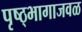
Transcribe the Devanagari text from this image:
पृष्ठ्भागाजवळ